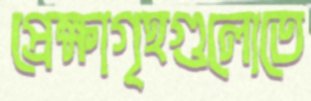
প্রেক্ষাগৃহগুলোতে